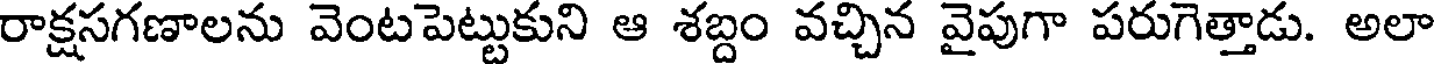
రాక్షసగణాలను వెంటపెట్టుకుని ఆ శబ్దం వచ్చిన వైపుగా పరుగెత్తాడు. అలా